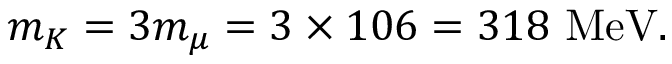
m _ { K } = 3 m _ { \mu } = 3 \times 1 0 6 = 3 1 8 \ \mathrm { M e V } .